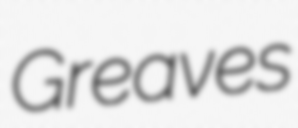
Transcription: Greaves